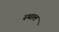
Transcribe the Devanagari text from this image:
स्‍थाल